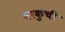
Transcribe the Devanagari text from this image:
वाकुची